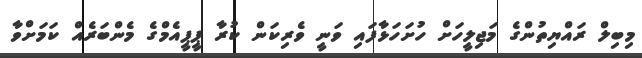
މިބިލް ރައްޔިތުންގެ މަޖިލީހަށް ހުށަހަޅާފައި ވަނީ ވެރިކަން ކުރާ ޕީޕީއެމްގެ މެންބަރެއް ކަމަށްވާ